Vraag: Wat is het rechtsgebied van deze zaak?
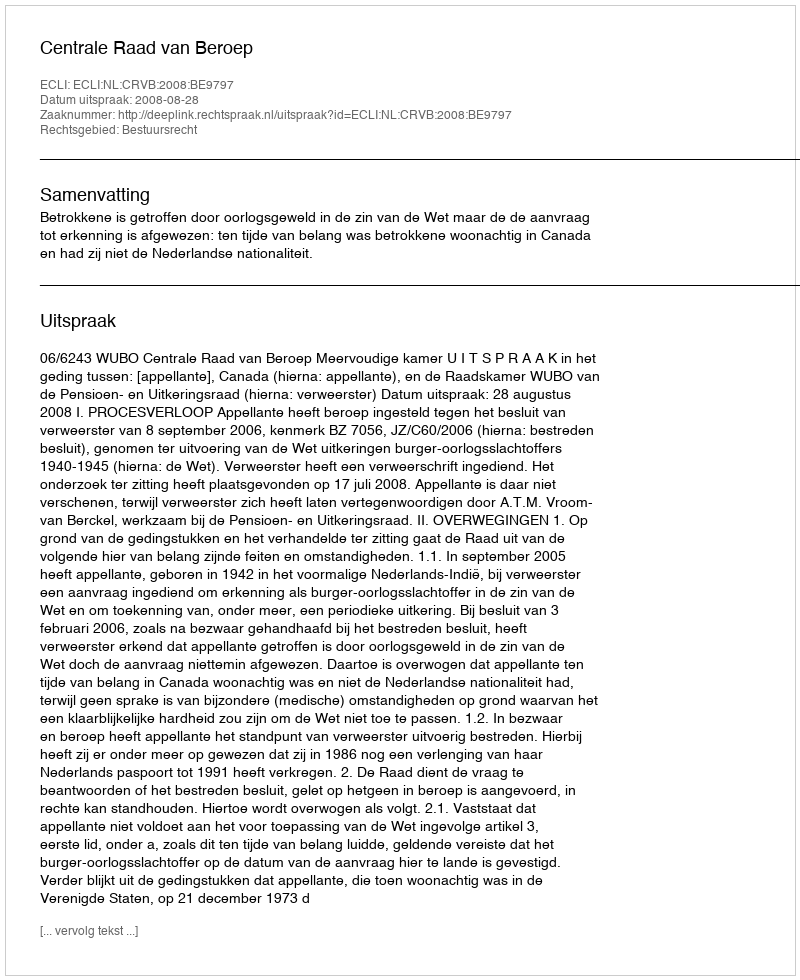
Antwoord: Bestuursrecht